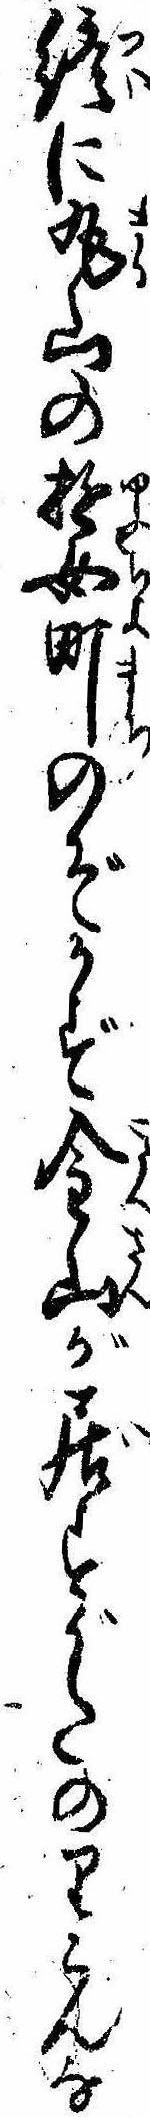
終に丸山の遊女町のぞかず金山が居すがたのりこんな